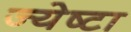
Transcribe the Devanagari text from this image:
ज्येष्टा